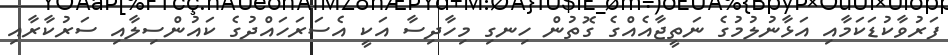
ފަރުވާކުޑަކަމާއި އަޅާނުލުމުގެ ނަތީޖާއެއްގެ ގޮތުން ހިނގި މިހާދިސާ އަކީ އެސަރަހައްދުގެ ކައުންސިލާއި ސަރުކާރާއި